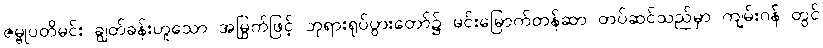
ဇမ္ဗုပတိမင်း ချွတ်ခန်းဟူသော အမြွက်ဖြင့် ဘုရားရုပ်ပွားတော်၌ မင်းမြောက်တန်ဆာ တပ်ဆင်သည်မှာ ကျမ်းဂန် တွင်